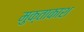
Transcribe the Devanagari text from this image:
मुक्ताकाश